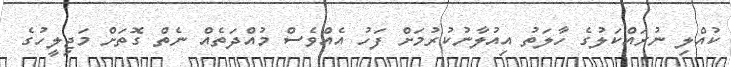
ކުއްލި ނުރައްކަލުގެ ހާލަތު އިއުލާނުކުރުމަށް ފަހު އެއްވެސް މުއްދަތެއް ނެތް ގޮތަށް މަޖިލީހުގެ